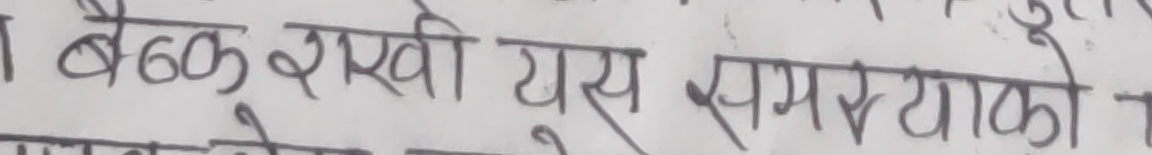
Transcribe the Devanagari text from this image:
बैठक राखी यस समस्याको